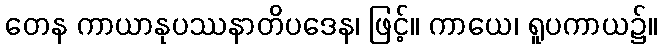
တေန ကာယာနုပဿနာတိပဒေန၊ ဖြင့်။ ကာယေ၊ ရူပကာယ၌။